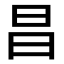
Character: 昌